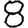
Digit: 8